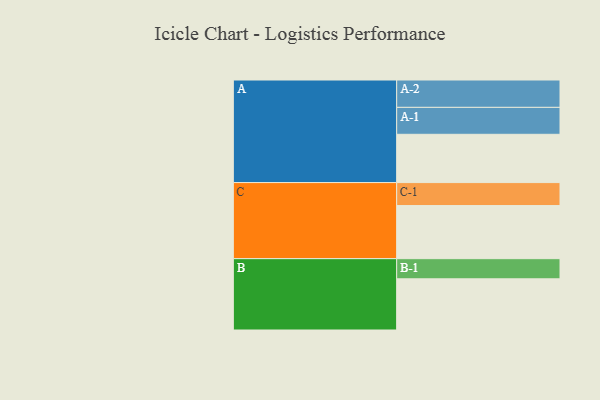
{"axis": {"x": "Segment", "y": "Value"}, "legend": ["", "A", "B", "C"], "data": [{"x": "A", "y": 448, "type": ""}, {"x": "B", "y": 475, "type": ""}, {"x": "C", "y": 493, "type": ""}, {"x": "A-1", "y": 250, "type": "A"}, {"x": "A-2", "y": 254, "type": "A"}, {"x": "B-1", "y": 187, "type": "B"}, {"x": "C-1", "y": 213, "type": "C"}]}